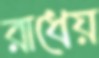
রাধেয়